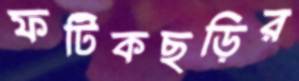
ফটিকছড়ির